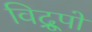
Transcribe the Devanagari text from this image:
विद्रूपों